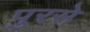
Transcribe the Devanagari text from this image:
पुरसे